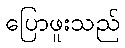
ပြောဖူးသည်